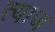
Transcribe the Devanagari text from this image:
त्याज